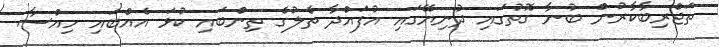
ތަޖްރިބާކާރުން ބުނާ ގޮތުގައި ދުނިޔޭގައި އުފައްދާ ތެލުގެ ތިންބައި ކުޅަ އެއްބައި ހިއްސާ